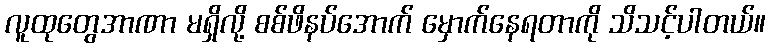
လူထုတွေအာဏာ မရှိလို့ စစ်ဖိနပ်အောက် မှောက်နေရတာကို သိသင့်ပါတယ်။